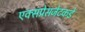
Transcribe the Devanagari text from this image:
एक्सप्रेसजेटकडे